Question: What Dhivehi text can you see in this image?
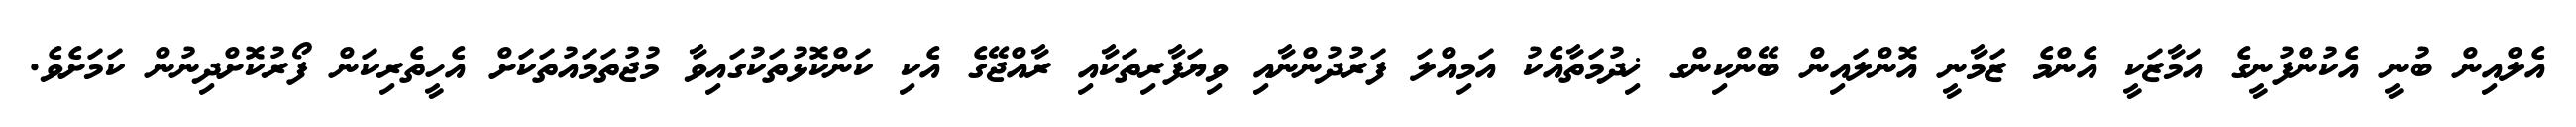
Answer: އެލްއިން ބުނީ އެކުންފުނީގެ އަމާޒަކީ އެންމެ ޒަމާނީ އޮންލައިން ބޭންކިންގ ޚިދުމަތާއެކު އަމިއްލަ ފަރުދުންނާއި ވިޔަފާރިތަކާއި ރާއްޖޭގެ އެކި ކަންކޮޅުތަކުގައިވާ މުޖުތަމައުތަކަށް އެހީތެރިކަން ފޯރުކޮށްދިނުން ކަމަށެވެ.